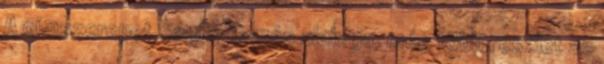
A címszerepet Sághy Tamás alakítja, még több részlet az